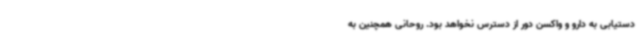
دستیابی به دارو و واکسن دور از دسترس نخواهد بود. روحانی همچنین به